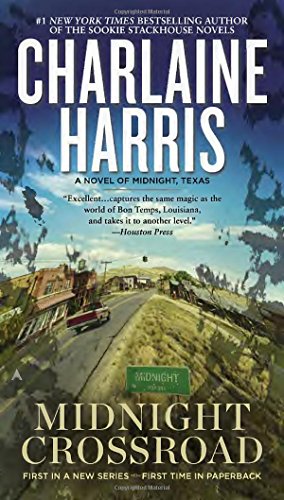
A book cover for Midnight Crossroad (A Novel of Midnight, Texas); Charlaine Harris; Literature & Fiction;